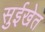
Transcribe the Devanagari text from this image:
सुईखेत